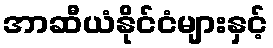
အာဆီယံနိုင်ငံများနှင့်